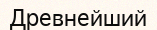
Древнейший